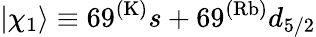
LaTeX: |\chi_{1}\rangle\equiv 69^{(\mathrm{K)}}s+69^{(\mathrm{Rb)}}d_{5/2}